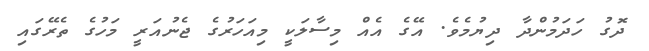
ދޮގު ހަދަމުންދާ ދިޔުމެވެ. އޭގެ އެއް މިސާލަކީ މިއަހަރުގެ ޖެނުއަރީ މަހުގެ ތެރޭގައި